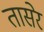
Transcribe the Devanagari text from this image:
तासेर